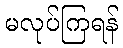
မလုပ်ကြရန်